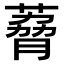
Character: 𫉆